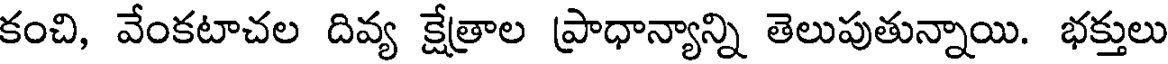
కంచి, వేంకటాచల దివ్య క్షేత్రాల ప్రాధాన్యాన్ని తెలుపుతున్నాయి. భక్తులు